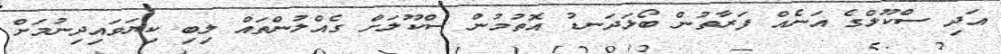
އަދި ސްކޫލްގެ އަނެއް ފަރާތުން ބޯޅަދަނޑު އޮތުމުން ސްކޫލަށް ގެއްލުންތައް ލިބި ކިޔަވައިދިނުމަށް